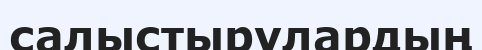
салыстырулардың